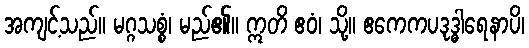
အကျင့်သည်။ မဂ္ဂသစ္စံ၊ မည်၏။ ဣတိ ဧဝံ၊ သို့။ ဧကေကပဒုဒ္ဓါရေနာပိ၊